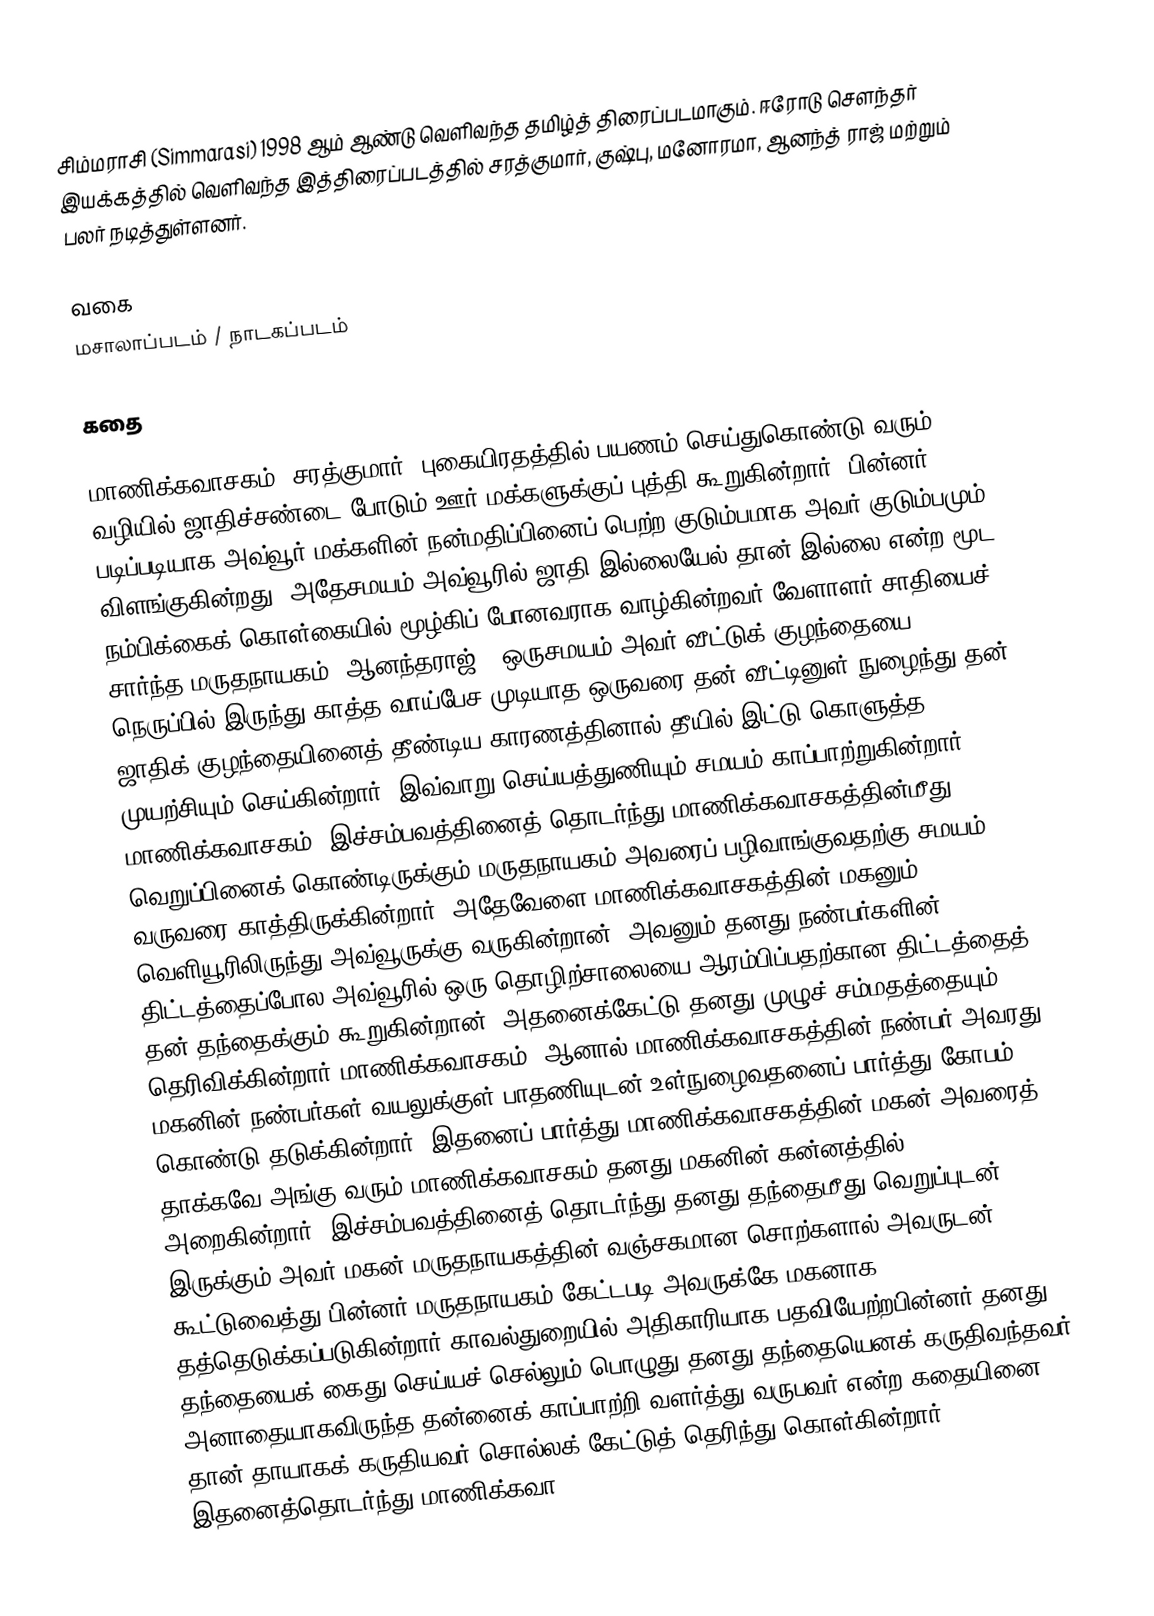
சிம்மராசி (Simmarasi) 1998 ஆம் ஆண்டு வெளிவந்த தமிழ்த் திரைப்படமாகும். ஈரோடு சௌந்தர் இயக்கத்தில் வெளிவந்த இத்திரைப்படத்தில் சரத்குமார், குஷ்பு, மனோரமா, ஆனந்த் ராஜ் மற்றும் பலர் நடித்துள்ளனர்.

வகை
மசாலாப்படம் / நாடகப்படம்

கதை

மாணிக்கவாசகம் (சரத்குமார்) புகையிரதத்தில் பயணம் செய்துகொண்டு வரும் வழியில் ஜாதிச்சண்டை போடும் ஊர் மக்களுக்குப் புத்தி கூறுகின்றார். பின்னர் படிப்படியாக அவ்வூர் மக்களின் நன்மதிப்பினைப் பெற்ற குடும்பமாக அவர் குடும்பமும் விளங்குகின்றது. அதேசமயம் அவ்வூரில் ஜாதி இல்லையேல் தான் இல்லை என்ற மூட நம்பிக்கைக் கொள்கையில் மூழ்கிப் போனவராக வாழ்கின்றவர் வேளாளர் சாதியைச் சார்ந்த மருதநாயகம் (ஆனந்தராஜ்). ஒருசமயம் அவர் வீட்டுக் குழந்தையை நெருப்பில் இருந்து காத்த வாய்பேச முடியாத ஒருவரை தன் வீட்டினுள் நுழைந்து தன் ஜாதிக் குழந்தையினைத் தீண்டிய காரணத்தினால் தீயில் இட்டு கொளுத்த முயற்சியும் செய்கின்றார். இவ்வாறு செய்யத்துணியும் சமயம் காப்பாற்றுகின்றார் மாணிக்கவாசகம். இச்சம்பவத்தினைத் தொடர்ந்து மாணிக்கவாசகத்தின்மீது வெறுப்பினைக் கொண்டிருக்கும் மருதநாயகம் அவரைப் பழிவாங்குவதற்கு சமயம் வருவரை காத்திருக்கின்றார். அதேவேளை மாணிக்கவாசகத்தின் மகனும் வெளியூரிலிருந்து அவ்வூருக்கு வருகின்றான். அவனும் தனது நண்பர்களின் திட்டத்தைப்போல அவ்வூரில் ஒரு தொழிற்சாலையை ஆரம்பிப்பதற்கான திட்டத்தைத் தன் தந்தைக்கும் கூறுகின்றான். அதனைக்கேட்டு தனது முழுச் சம்மதத்தையும் தெரிவிக்கின்றார் மாணிக்கவாசகம். ஆனால் மாணிக்கவாசகத்தின் நண்பர் அவரது மகனின் நண்பர்கள் வயலுக்குள் பாதணியுடன் உள்நுழைவதனைப் பார்த்து கோபம் கொண்டு தடுக்கின்றார். இதனைப் பார்த்து மாணிக்கவாசகத்தின் மகன் அவரைத் தாக்கவே அங்கு வரும் மாணிக்கவாசகம் தனது மகனின் கன்னத்தில் அறைகின்றார். இச்சம்பவத்தினைத் தொடர்ந்து தனது தந்தைமீது வெறுப்புடன் இருக்கும் அவர் மகன் மருதநாயகத்தின் வஞ்சகமான சொற்களால் அவருடன் கூட்டுவைத்து பின்னர் மருதநாயகம் கேட்டபடி அவருக்கே மகனாக தத்தெடுக்கப்படுகின்றார்.காவல்துறையில் அதிகாரியாக பதவியேற்றபின்னர் தனது தந்தையைக் கைது செய்யச் செல்லும் பொழுது தனது தந்தையெனக் கருதிவந்தவர் அனாதையாகவிருந்த தன்னைக் காப்பாற்றி வளர்த்து வருபவர் என்ற கதையினை தான் தாயாகக் கருதியவர் சொல்லக் கேட்டுத் தெரிந்து கொள்கின்றார். இதனைத்தொடர்ந்து மாணிக்கவா